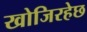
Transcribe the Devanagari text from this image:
खोजिरहेछ